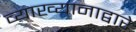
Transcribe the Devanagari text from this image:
व्याख्यानाद्वारे